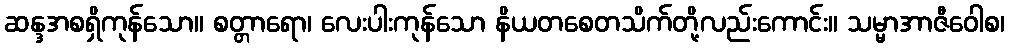
ဆန္ဒအစရှိကုန်သော။ စတ္တာရော၊ လေးပါးကုန်သော နိယတစေတသိက်တို့လည်းကောင်း။ သမ္မာအာဇီဝေါစ၊